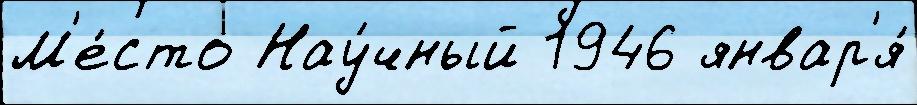
М'е́сто Нау́чный 1946 январ'я́